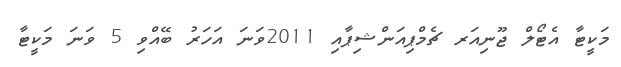
މަކީޓާ އެޓޯލް ޖޫނިއަރ ޗެމްޕިއަންޝިޕާއި 2011ވަނަ އަހަރު ބޭއްވި 5 ވަނަ މަކީޓާ